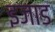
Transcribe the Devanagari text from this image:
इजाड